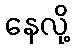
နေလို့